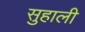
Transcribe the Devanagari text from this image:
सुहाली